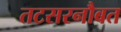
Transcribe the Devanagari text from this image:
तटसरनौबत